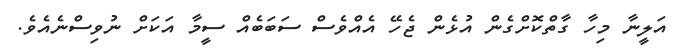
އަލީނާ މިހާ ގާތްކޮށްގެން އުޅެން ޖެހޭ އެއްވެސް ސަބަބެއް ސީމާ އަކަށް ނުވިސްނެއެވެ.